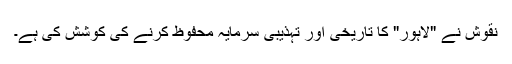
نقوش نے "لاہور" کا تاریخی اور تہذیبی سرمایہ محفوظ کرنے کی کوشش کی ہے۔